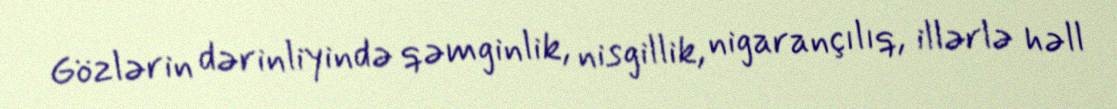
Gözlərin dərinliyində qəmginlik, nisgillik, nigarançılıq, illərlə həll